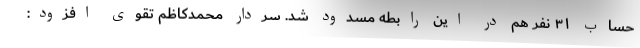
حساب ۳۱ نفر هم در این رابطه مسدود شد. سردار محمدکاظم تقوی افزود: